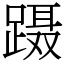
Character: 蹑